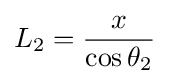
L_{2}={\frac {x}{\cos \theta _{2}}}